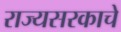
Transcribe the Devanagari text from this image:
राज्यसरकाचे